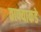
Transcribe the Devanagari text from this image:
ताफ्याकडे